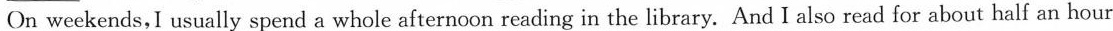
On weekends,I usually spend a whole afternoon reading in the library. And I also read for about half an hour